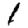
Digit: 1